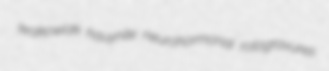
krakowiak hauynite neurohormonal rotogravures